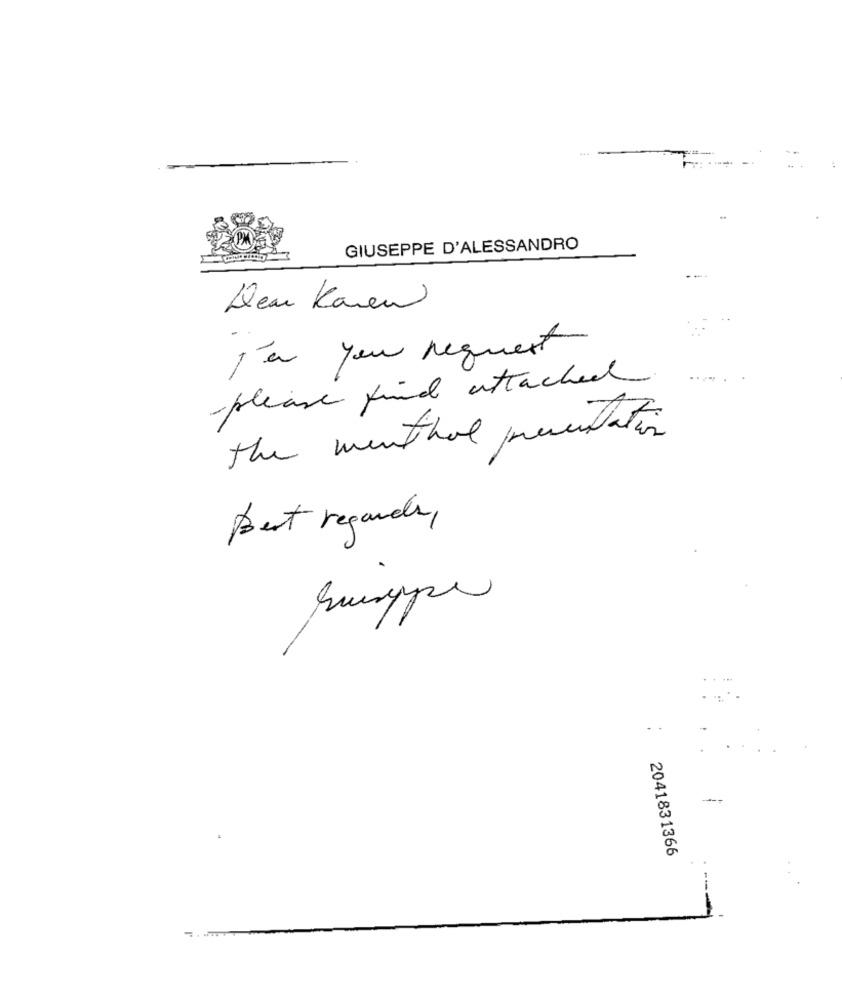
GIUSEPPE D'ALESSANDRO
Den Karen
J'ai you request
please find attached
The menthol presentation
Best regards,
Sumype
.
2041831366